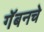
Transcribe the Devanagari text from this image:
गॅबनचे